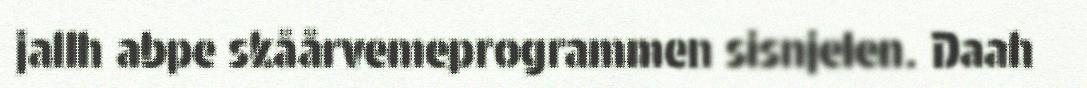
jallh abpe skåårvemeprogrammen sisnjelen. Daah